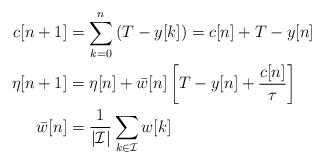
LaTeX: \begin{align*}c[n+1] &= \sum_{k=0}^n \left( T - y[k] \right) = c[n] + T - y[n] \\\eta[n+1] &= \eta[n] + \bar{w}[n]\left[ T - y[n] + \frac{c[n]}{\tau} \right] \\\bar{w}[n] &= \frac{1}{\vert \mathcal{I} \vert} \sum_{k\in \mathcal{I}} w[k] \end{align*}